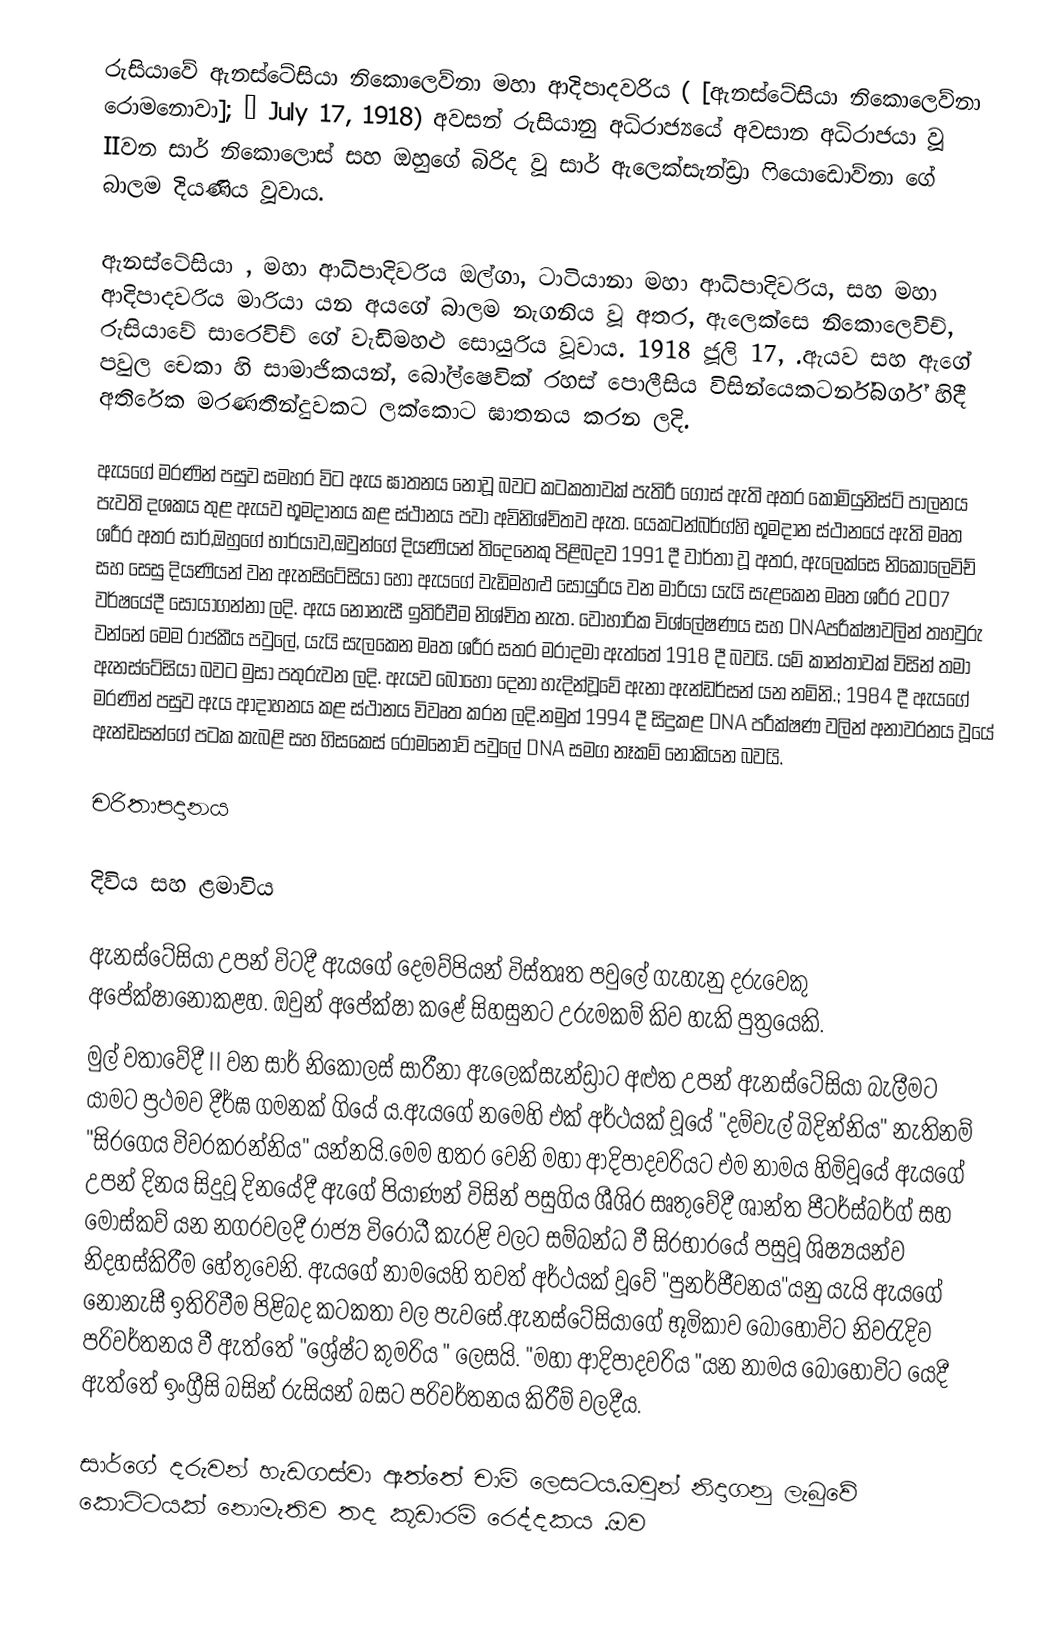
රුසියාවේ ඇනස්ටේසියා නිකොලෙව්නා මහා ආදිපාදවරිය ( [ඇනස්ටේසියා නිකොලෙව්නා රොමනොවා];  – July 17, 1918) අවසන් රුසියානු අධිරාජ්‍යයේ අවසාන අධිරාජයා වූ IIවන සාර් නිකොලොස්  සහ ඔහුගේ බිරිද වූ සාර් ඇලෙක්සැන්ඩ්‍රා ෆියොඩොව්නා ගේ බාලම දියණිය වූවාය.

ඇනස්ටේසියා , මහා ආධිපාදිවරිය ඔල්ගා, ටාටියානා මහා ආධිපාදිවරිය, සහ මහා ආදිපාදවරිය මාරියා  යන අයගේ බාලම නැගනිය වූ අතර, ඇලෙක්සෙ නිකොලෙවිච්, රුසියාවේ සාරෙවිච් ගේ වැඩිමහළු සොයුරිය වූවාය. 1918 ජූලි  17, .ඇයව සහ ඇගේ පවුල  චෙකා  හි සාමාජිකයන්, බෝල්ෂෙවික් රහස් පොලීසිය විසින්යෙකටර්න්බර්ග් හිදී අතිරේක මරණතීන්දුවකට ලක්කොට ඝාතනය කරන ලදි.

ඇයගේ මරණින් පසුව සමහර විට ඇය ඝාතනය නොවූ බවට කටකතාවක් පැතිරී ගොස් ඇති අතර කොමියුනිස්ට් පාලනය පැවති දශකය තුළ ඇයව භූමදානය කළ ස්ථානය පවා අවිනිශ්චිතව ඇත. යෙකටන්බර්ග්හි භූමදාන ස්ථානයේ ඇති මෘත ශරීර අතර සාර්,ඔහුගේ භාර්යාව,ඔවුන්ගේ දියණියන් තිදෙනෙකු පිළිබදව 1991 දී වාර්තා වූ අතර, ඇලෙක්සෙ නිකොලෙවිච් සහ සෙසු දියණියන් වන  ඇනසිටේසියා හෝ ඇයගේ වැඩිමහළු සොයුරිය වන මාරියා යැයි සැළකෙන මෘත ශරීර 2007 වර්ෂයේදී සොයාගන්නා ලදි. ඇය නොනැසී ඉතිරිවීම නිශ්චිත නැත. වෝහාරික විශ්ලේෂණය සහ DNAපරීක්ෂාවලින් තහවුරු වන්නේ මෙම රාජකීය පවුලේ, යැයි සැලකෙන මෘත ශරීර සතර මරාදමා ඇත්තේ  1918 දී බවයි. යම් කාන්තාවක් විසින් තමා ඇනස්ටේසියා බවට මුසා පතුරුවන ලදි. ඇයව බොහෝ දෙනා හැදින්වූවේ ඇනා ඇන්ඩර්සන් යන නමිනි.; 1984 දී ඇයගේ මරණින් පසුව ඇය ආදාහනය කළ ස්ථානය විවෘත කරන ලදි.නමුත් 1994 දී සිදුකළ DNA පරීක්ෂණ වලින් අනාවරනය වූයේ ඇන්ඩසන්ගේ පටක කැබළි සහ හිසකෙස් රොමනොව් පවුලේ DNA සමග නෑකම් නොකියන බවයි.

චරිතාපදානය

දිවිය සහ ළමාවිය

ඇනස්ටේසියා උපන් විටදී ඇයගේ දෙමව්පියන් විස්තෘත පවුලේ ගැහැනු දරුවෙකු අපේක්ෂානොකළහ. ඔවුන් අපේක්ෂා කළේ සිහසුනට උරුමකම් කිව හැකි පුත්‍ර‍යෙකි.
මුල් වතාවේදී  II වන සාර් නිකොලස්  සාරීනා ඇලෙක්සැන්ඩ්‍රාට අළුත උපන් ඇනස්ටේසියා බැලීමට යාමට ප්‍රථමව දීර්ඝ ගමනක් ගියේ ය.ඇයගේ නමෙහි එක් අර්ථයක් වූයේ "දම්වැල් බිදින්නිය" නැතිනම් "සිරගෙය විවරකරන්නිය" යන්නයි.මෙම හතර වෙනි මහා ආදිපාදවරියට එම නාමය හිමිවූයේ ඇයගේ උපන් දිනය සිදුවූ දිනයේදී ඇගේ පියාණන් විසින් පසුගිය ශීශිර සෘතුවේදී ශාන්ත පීටර්ස්බර්ග් සහ මොස්කව් යන නගරවලදී රාජ්‍ය විරෝධී කැරළි වලට සම්බන්ධ වී සිරභාරයේ පසුවූ ශිෂ්‍යයන්ව නිදහස්කිරීම හේතුවෙනි.  ඇයගේ නාමයෙහි තවත් අර්ථයක් වූවේ "පුනර්ජීවනය"යනු යැයි ඇයගේ නොනැසී ඉතිරිවීම පිළිබද කටකතා වල පැවසේ.ඇනස්ටේසියාගේ භූමිකාව බොහෝවිට නිවරැදිව පරිවර්තනය වී ඇත්තේ "ශ්‍රේෂ්ට කුමරිය " ලෙසයි. "මහා ආදිපාදවරිය "යන නාමය බොහෝවිට යෙදී ඇත්තේ ඉංග්‍රීසි බසින් රුසියන් බසට පරිවර්තනය කිරීම් වලදීය.

සාර්ගේ දරුවන් හැඩගස්වා ඇත්තේ චාම් ලෙසටය.ඔවුන් නිදාගනු ලැබුවේ කොට්ටයක් නොමැතිව තද කූඩාරම් රෙද්දකය .ඔව